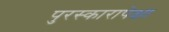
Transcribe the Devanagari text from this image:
पुरस्कारापेक्षा